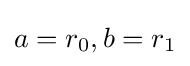
a=r_{0},b=r_{1}